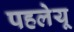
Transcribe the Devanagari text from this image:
पहलेयू